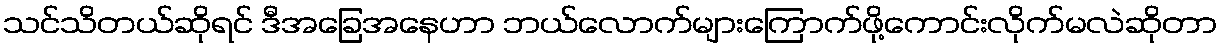
သင်သိတယ်ဆိုရင် ဒီအခြေအနေဟာ ဘယ်လောက်များကြောက်ဖို့ကောင်းလိုက်မလဲဆိုတာ